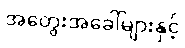
အတွေးအခေါ်များနှင့်